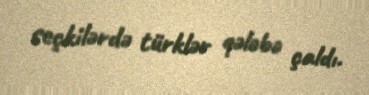
seçkilərdə türklər qələbə çaldı.